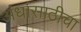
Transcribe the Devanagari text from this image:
अंधांसाठीचा